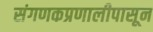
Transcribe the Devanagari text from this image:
संगणकप्रणालीपासून